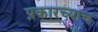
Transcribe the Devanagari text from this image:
प्रकारच्याच